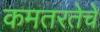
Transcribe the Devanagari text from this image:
कमतरतेचे